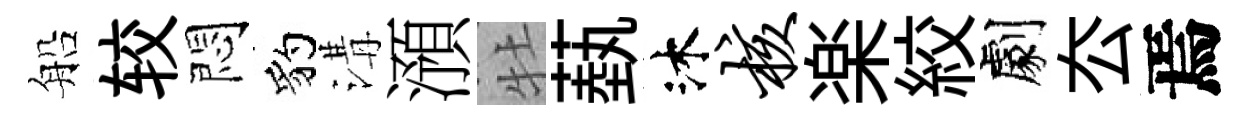
船较悶豹溝澦牡蓺沐核楽絞劇厺焉